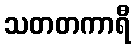
သတတကာရီ